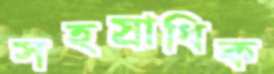
সহস্রাধিক